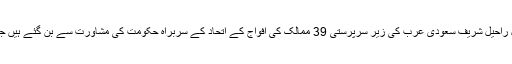
یاد رہے کہ گزشتہ دنوں کی افواہوں کی باقاعدہ تصدیق وزیر دفاع خواجہ آصف نے کی تھی کہ جنرل راحیل شریف سعودی عرب کی زیر سرپرستی 39 ممالک کی افواج کے اتحاد کے سربراہ حکومت کی مشاورت سے بن گئے ہیں جس پر سیاسی، سماجی اور صحافتی برادری کے ساتھ ساتھ عوام کی طرف سے سخت رد عمل آیا ہے۔